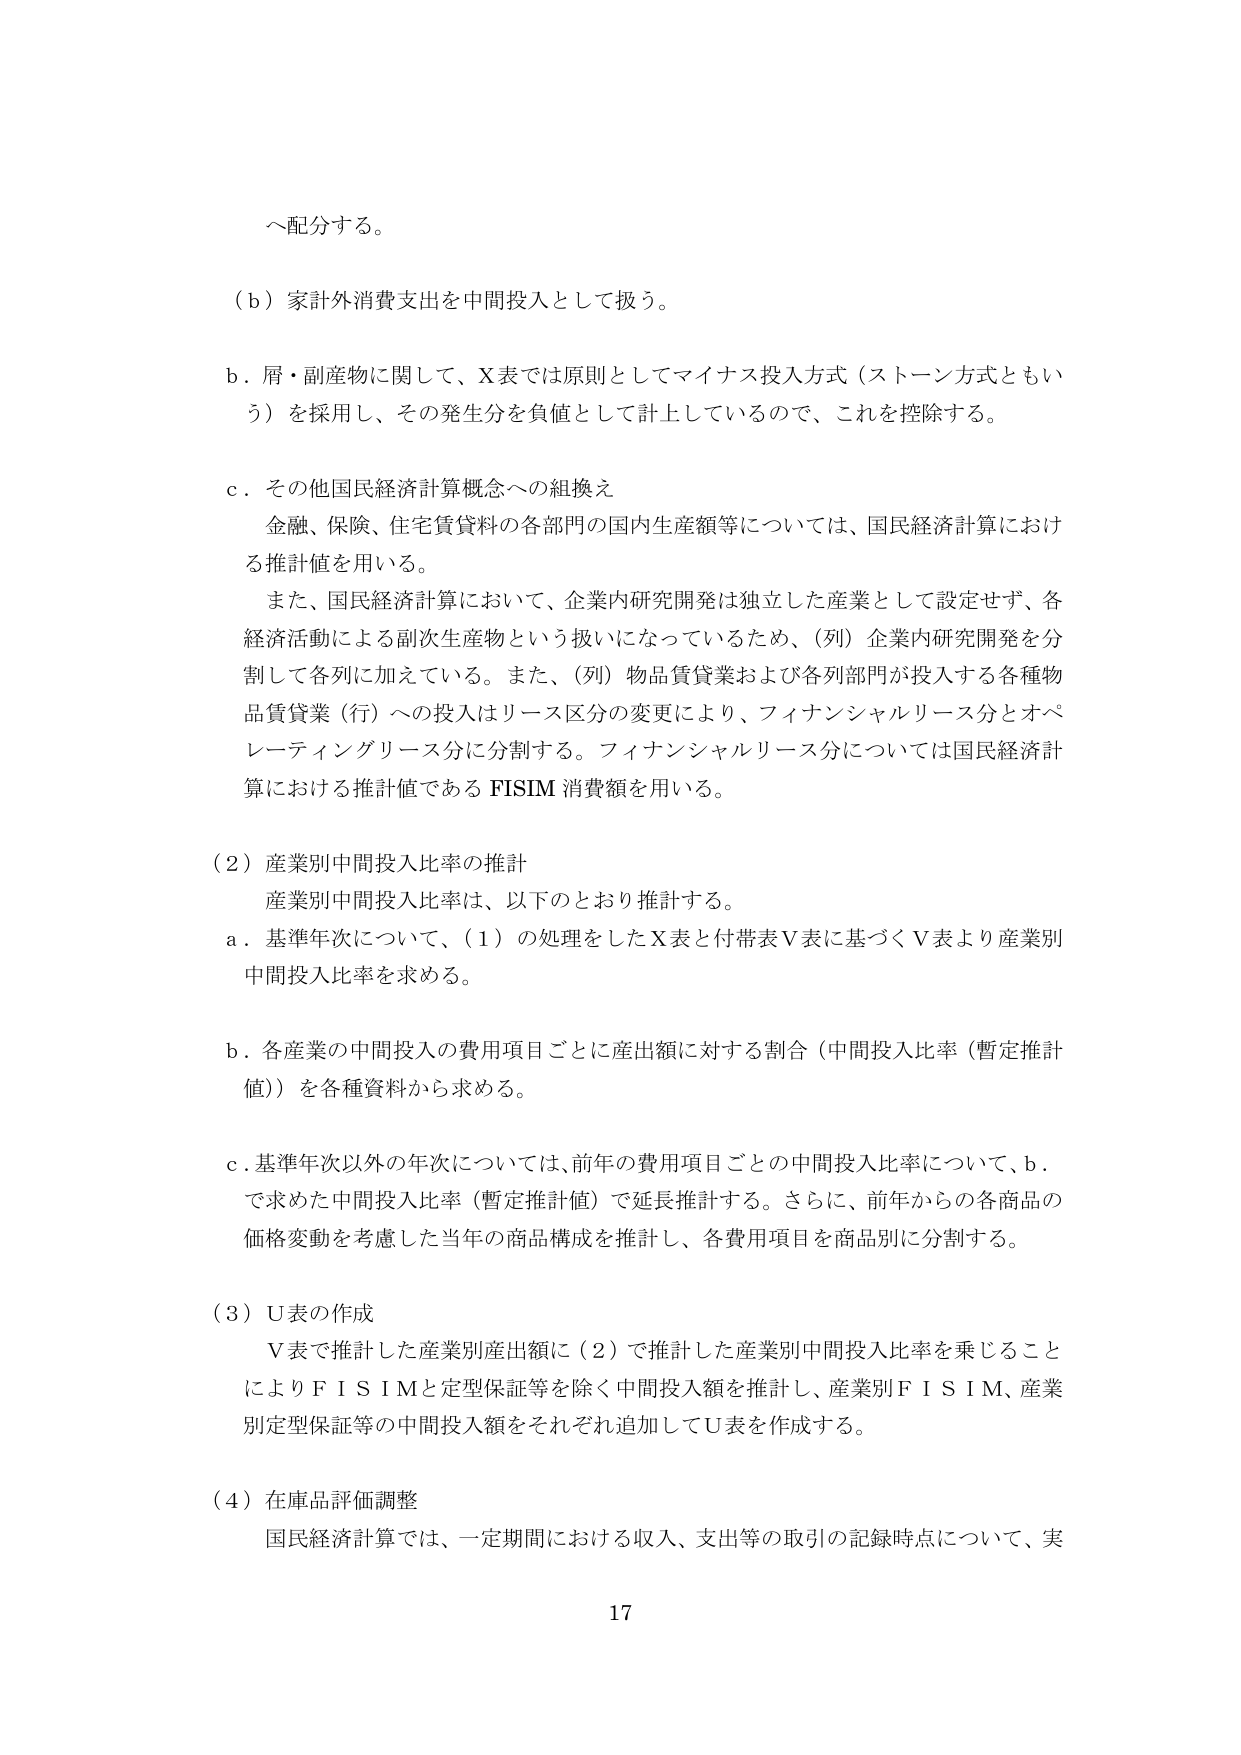
へ配分する。

（ｂ）家計外消費支出を中間投入として扱う。

ｂ．屑・副産物に関して、Ｘ表では原則としてマイナス投入方式（ストーン方式ともいう）を採用し、その発生分を負値として計上しているので、これを控除する。

ｃ．その他国民経済計算概念への組換え
　金融、保険、住宅賃貸料の各部門の国内生産額等については、国民経済計算における推計値を用いる。
　また、国民経済計算において、企業内研究開発は独立した産業として設定せず、各経済活動による副次生産物という扱いになっているため、（列）企業内研究開発を分割して各列に加えている。また、（列）物品賃貸業および各列部門が投入する各種物品賃貸業（行）への投入はリース区分の変更により、フィナンシャルリース分とオペレーティングリース分に分割する。フィナンシャルリース分については国民経済計算における推計値である FISIM 消費額を用いる。

（２）産業別中間投入比率の推計
　産業別中間投入比率は、以下のとおり推計する。
ａ．基準年次について、（１）の処理をしたＸ表と付帯表Ｖ表に基づくＶ表より産業別中間投入比率を求める。
ｂ．各産業の中間投入の費用項目ごとに産出額に対する割合（中間投入比率（暫定推計値））を各種資料から求める。
ｃ．基準年次以外の年次については、前年の費用項目ごとの中間投入比率について、ｂ．で求めた中間投入比率（暫定推計値）で延長推計する。さらに、前年からの各商品の価格変動を考慮した当年の商品構成を推計し、各費用項目を商品別に分割する。

（３）Ｕ表の作成
　Ｖ表で推計した産業別産出額に（２）で推計した産業別中間投入比率を乗じることによりＦＩＳＩＭと定型保証等を除く中間投入額を推計し、産業別ＦＩＳＩＭ、産業別定型保証等の中間投入額をそれぞれ追加してＵ表を作成する。

（４）在庫品評価調整
　国民経済計算では、一定期間における収入、支出等の取引の記録時点について、実

17